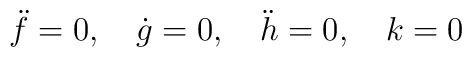
\ddot f = 0, \quad \dot g = 0, \quad \ddot h = 0, \quad k = 0